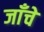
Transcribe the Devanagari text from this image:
जाँचे